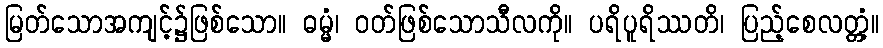
မြတ်သောအကျင့်၌ဖြစ်သော။ ဓမ္မံ၊ ဝတ်ဖြစ်သောသီလကို။ ပရိပူရိဿတိ၊ ပြည့်စေလတ္တံ့။